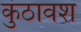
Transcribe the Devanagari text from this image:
कुंठावश